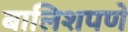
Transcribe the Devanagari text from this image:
बालिशपणे